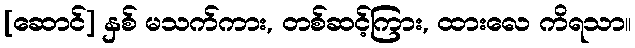
[ဆောင်] နှစ် မသက်ကား, တစ်ဆင့်ကြား, ထားလေ ကိရသာ။